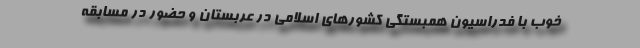
خوب با فدراسیون همبستگی کشورهای اسلامی در عربستان و حضور در مسابقه